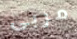
مربى